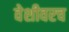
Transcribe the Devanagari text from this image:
वेशीवरच